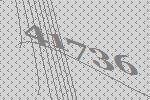
41736